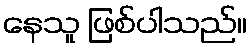
နေသူ ဖြစ်ပါသည်။